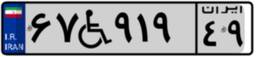
۲۵W۱۳۶۹۹